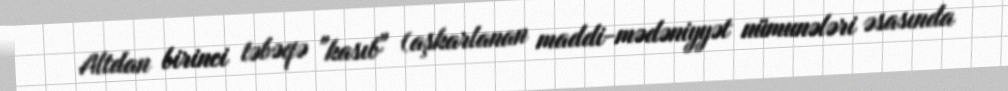
Altdan birinci təbəqə "kasıb" (aşkarlanan maddi-mədəniyyət nümunələri əsasında